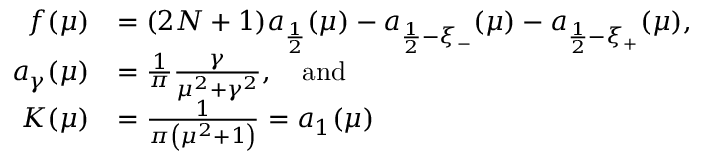
\begin{array} { r l } { f ( \mu ) } & { = ( 2 N + 1 ) a _ { \frac 1 2 } ( \mu ) - a _ { \frac { 1 } { 2 } - \xi _ { - } } ( \mu ) - a _ { \frac { 1 } { 2 } - \xi _ { + } } ( \mu ) , } \\ { a _ { \gamma } ( \mu ) } & { = \frac { 1 } { \pi } \frac { \gamma } { \mu ^ { 2 } + \gamma ^ { 2 } } , \quad \mathrm { a n d } } \\ { K ( \mu ) } & { = \frac { 1 } { \pi \left( \mu ^ { 2 } + 1 \right) } = a _ { 1 } ( \mu ) } \end{array}